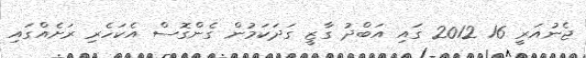
ޖެނުއަރީ 16 2012 ގައި އަބްދު ގާޒީ ގަދަކަމުން ގެންގޮސް އެކަހެރި ރަށެއްގައި